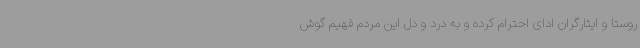
روستا و ایثارگران ادای احترام کرده و به درد و دل این مردم فهیم گوش